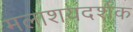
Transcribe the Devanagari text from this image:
मलाशयदर्शक